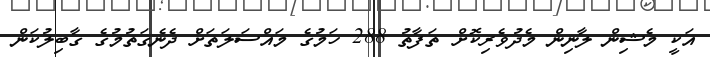
އަކީ މެޝިން ލާނިން މެދުވެރިކޮށް ތަފާތު 288 ހަމުގެ މައްސަލަތަށް ދެނެގަތުމުގެ ގާބިލުކަން